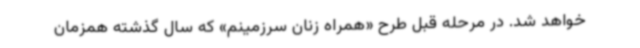
خواهد شد. در مرحله قبل طرح «همراه زنان سرزمینم» که سال گذشته همزمان